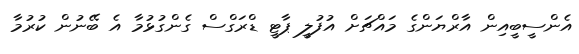
އެންސީބީއިން އާރްޔަންގެ މައްޗަށް އުފުލީ ޕާޓީ ޑްރަގްސް ގެންގުޅުމާ އެ ބޭނުން ކުރުމާ